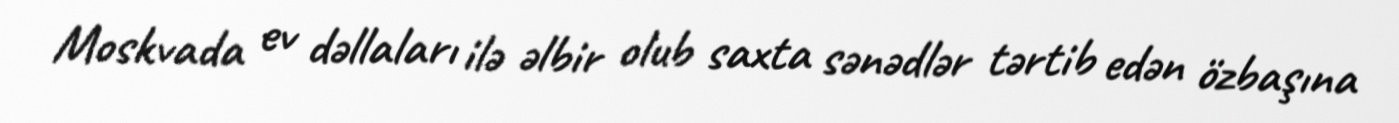
Moskvada ev dəllaları ilə əlbir olub saxta sənədlər tərtib edən özbaşına